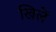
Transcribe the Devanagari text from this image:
खिलें